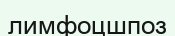
лимфоцшпоз